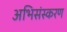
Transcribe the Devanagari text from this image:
अभिसंस्करण